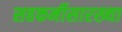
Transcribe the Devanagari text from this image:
सहकर्मीसारख्या